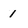
Character: 1